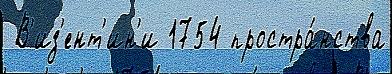
 В'из'ент'ин'и 1754 простра́нства